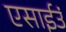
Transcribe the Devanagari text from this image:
एसाईउं